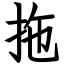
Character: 拖